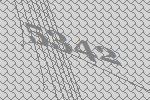
5342